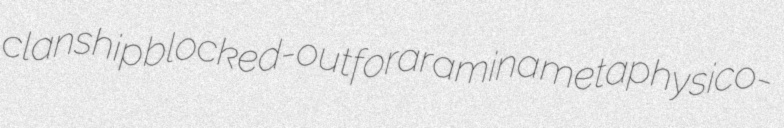
clanship blocked-out foraramina metaphysico-